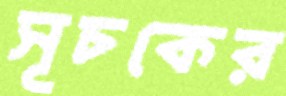
সূচকের